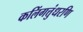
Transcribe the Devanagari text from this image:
कलिंगत्तुंधरणि